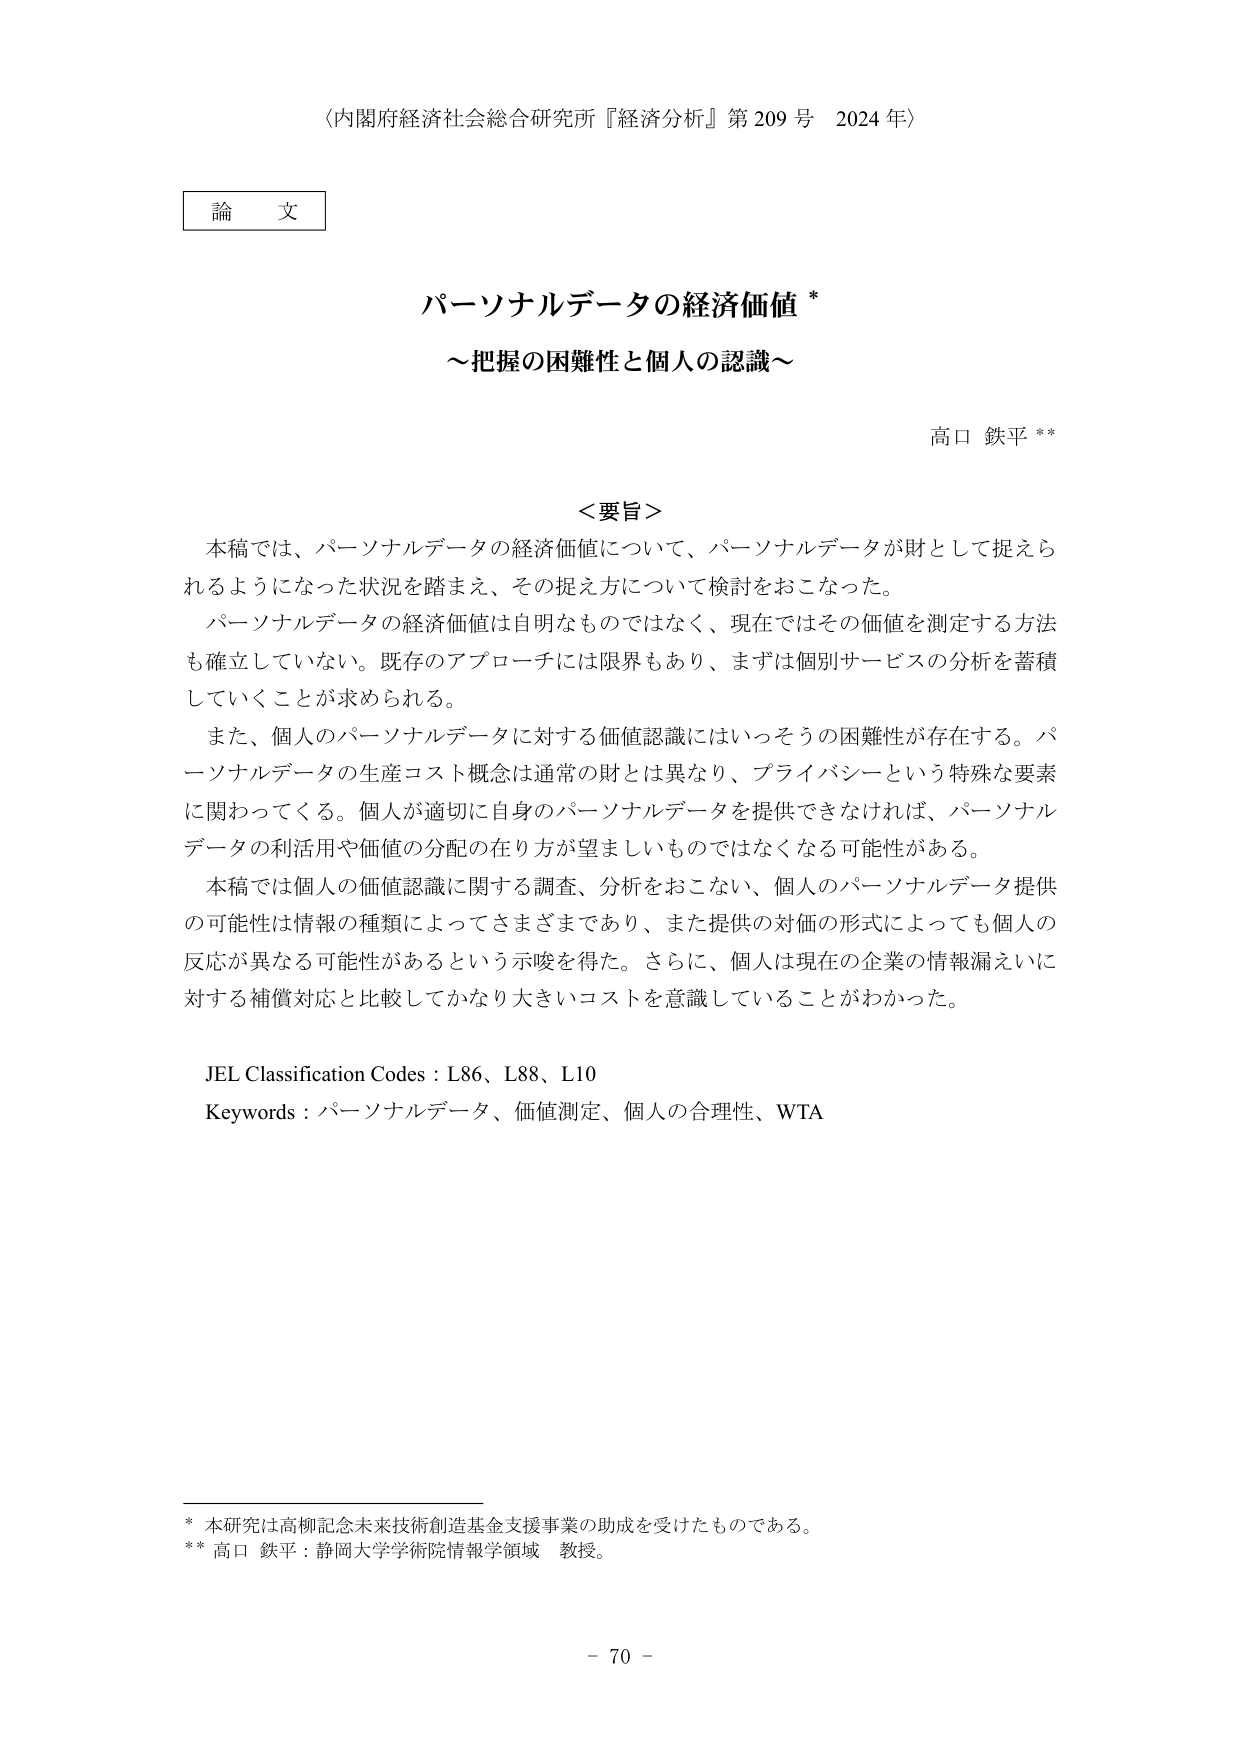
〈内閣府経済社会総合研究所『経済分析』第209号 2024年〉

論文

パーソナルデータの経済価値*

～把握の困難性と個人の認識～

高口 鉄平**

＜要旨＞

本稿では、パーソナルデータの経済価値について、パーソナルデータが財として捉えられるようになった状況を踏まえ、その捉え方について検討をおこなった。

パーソナルデータの経済価値は自明なものではなく、現在ではその価値を測定する方法も確立していない。既存のアプローチには限界もあり、まずは個別サービスの分析を蓄積していくことが求められる。

また、個人のパーソナルデータに対する価値認識にはいっそうの困難性が存在する。パーソナルデータの生産コスト概念は通常の財とは異なり、プライバシーという特殊な要素に関わってくる。個人が適切に自身のパーソナルデータを提供できなければ、パーソナルデータの利活用や価値の分配の在り方が望ましいものではなくなる可能性がある。

本稿では個人の価値認識に関する調査、分析をおこない、個人のパーソナルデータ提供の可能性は情報の種類によってさまざまであり、また提供の対価の形式によっても個人の反応が異なる可能性があるという示唆を得た。さらに、個人は現在の企業の情報漏えいに対する補償対応と比較してかなり大きいコストを意識していることがわかった。

JEL Classification Codes : L86、L88、L10
Keywords : パーソナルデータ、価値測定、個人の合理性、WTA

* 本研究は高柳記念未来技術創造基金支援事業の助成を受けたものである。
** 高口 鉄平：静岡大学学術院情報学領域 教授。

- 70 -